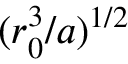
( r _ { 0 } ^ { 3 } / a ) ^ { 1 / 2 }